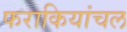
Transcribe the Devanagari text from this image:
फराकियांचल